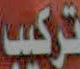
تركيب